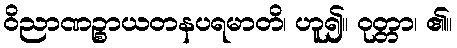
ဝိညာဏဉ္စာယတနပရမာတိ၊ ဟူ၍။ ဝုတ္တာ၊ ၏။